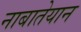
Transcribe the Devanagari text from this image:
नाबातेयान